Document type: Endowment
Year: 1330
Scribe: Arnau [Delpàs]
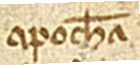
apocham